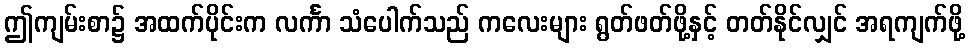
ဤကျမ်းစာ၌ အထက်ပိုင်းက လင်္ကာ သံပေါက်သည် ကလေးများ ရွတ်ဖတ်ဖို့နှင့် တတ်နိုင်လျှင် အရကျက်ဖို့